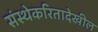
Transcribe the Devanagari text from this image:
संस्थेकरितादेखील